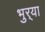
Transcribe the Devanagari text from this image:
भुर्‍या